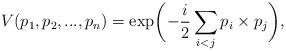
LaTeX: \begin{align*}V(p_1,p_2,...,p_n)=\exp\biggl(-\frac{i}{2}\sum_{i<j}p_i\times p_j\biggr),\end{align*}